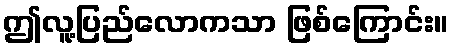
ဤလူ့ပြည်လောကသာ ဖြစ်ကြောင်း။